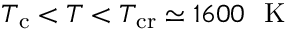
T _ { \mathrm { c } } < T < T _ { \mathrm { c r } } \simeq 1 6 0 0 ~ \mathrm { ~ K ~ }